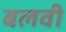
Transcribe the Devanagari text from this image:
बलवी